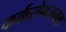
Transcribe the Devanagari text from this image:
कर्करोगजनक